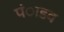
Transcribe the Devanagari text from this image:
पंाडव